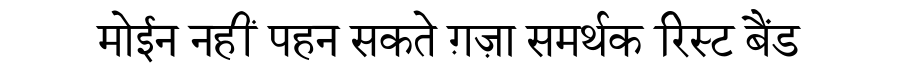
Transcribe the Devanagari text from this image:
मोईन नहीं पहन सकते ग़ज़ा समर्थक रिस्ट बैंड